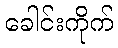
ခေါင်းကိုက်